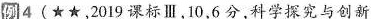
例4(★★，2 0 1 9课标Ⅲ，1 0，6分，科学探究与创新